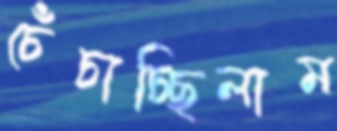
চেঁচাচ্ছিলাম